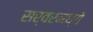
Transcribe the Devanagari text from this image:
सर्वरमध्ये